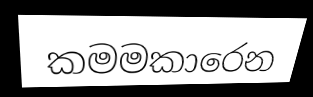
කමමකාරෙන